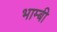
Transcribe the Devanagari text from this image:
भाम्बी